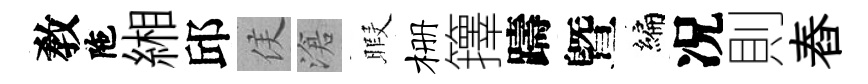
敎陁緗邱侯滄暇栅籜躊曁编况則舂